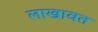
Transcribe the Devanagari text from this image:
लाखावत